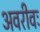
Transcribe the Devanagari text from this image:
अवरीवः